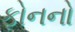
ફોનનો